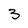
Character: 3